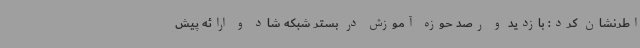
اطرنشان کرد: بازدید و رصد حوزه آموزش در بستر شبکه شاد و ارائه پیش